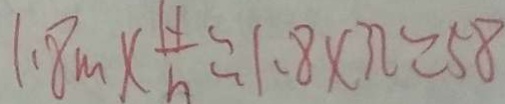
1 . 8 m \times \frac { H } { h } \approx 1 . 8 \times 3 2 = 5 8